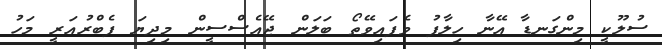
ސުލޫކީ މިންގަނޑާ އޭނާ ހިލާފު ވެފައިވޭތޯ ބަލަން ޖޭއެސްސީން މިދިޔަ ފެބްރުއަރީ މަހު